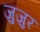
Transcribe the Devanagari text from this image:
जुज़ुर